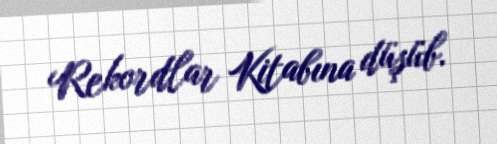
Rekordlar Kitabına düşüb.